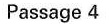
Passage-4